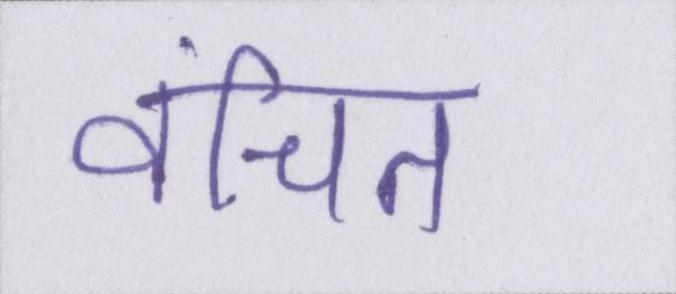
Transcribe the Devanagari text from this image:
वंचित